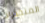
المنحدرات